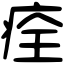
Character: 痊